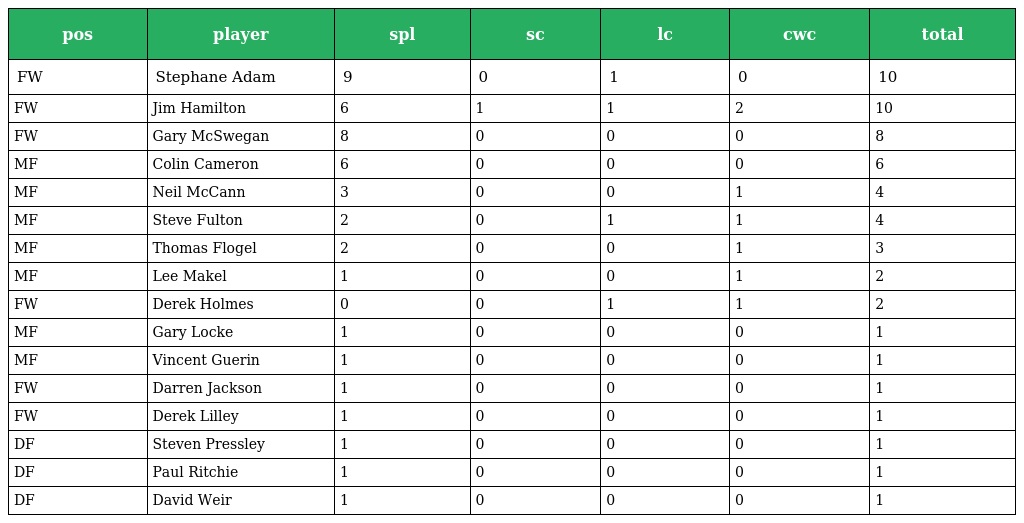
| pos | player | spl | sc | lc | cwc | total |
 | --- | --- | --- | --- | --- | --- | --- |
 | FW | Stephane Adam | 9 | 0 | 1 | 0 | 10 |
 | FW | Jim Hamilton | 6 | 1 | 1 | 2 | 10 |
 | FW | Gary McSwegan | 8 | 0 | 0 | 0 | 8 |
 | MF | Colin Cameron | 6 | 0 | 0 | 0 | 6 |
 | MF | Neil McCann | 3 | 0 | 0 | 1 | 4 |
 | MF | Steve Fulton | 2 | 0 | 1 | 1 | 4 |
 | MF | Thomas Flogel | 2 | 0 | 0 | 1 | 3 |
 | MF | Lee Makel | 1 | 0 | 0 | 1 | 2 |
 | FW | Derek Holmes | 0 | 0 | 1 | 1 | 2 |
 | MF | Gary Locke | 1 | 0 | 0 | 0 | 1 |
 | MF | Vincent Guerin | 1 | 0 | 0 | 0 | 1 |
 | FW | Darren Jackson | 1 | 0 | 0 | 0 | 1 |
 | FW | Derek Lilley | 1 | 0 | 0 | 0 | 1 |
 | DF | Steven Pressley | 1 | 0 | 0 | 0 | 1 |
 | DF | Paul Ritchie | 1 | 0 | 0 | 0 | 1 |
 | DF | David Weir | 1 | 0 | 0 | 0 | 1 |